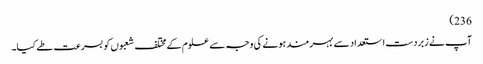
236)
آپ نے زبردست استعداد سے بہر مند ہونے کی وجہ سے علوم کے مختلف شعبوں کو بسرعت طے کیا۔